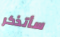
سأتذكر